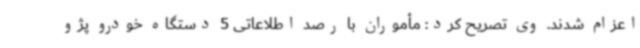
اعزام شدند. وی تصریح کرد: مأموران با رصد اطلاعاتی 5 دستگاه خودرو پژو